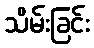
သိမ်းခြင်း